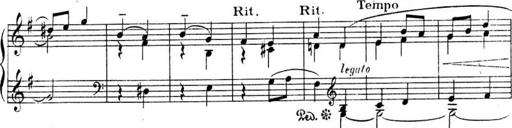
Title: Sonatines
Composer: Hedwige ChrÃ©tien